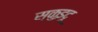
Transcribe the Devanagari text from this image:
स्कुइदू